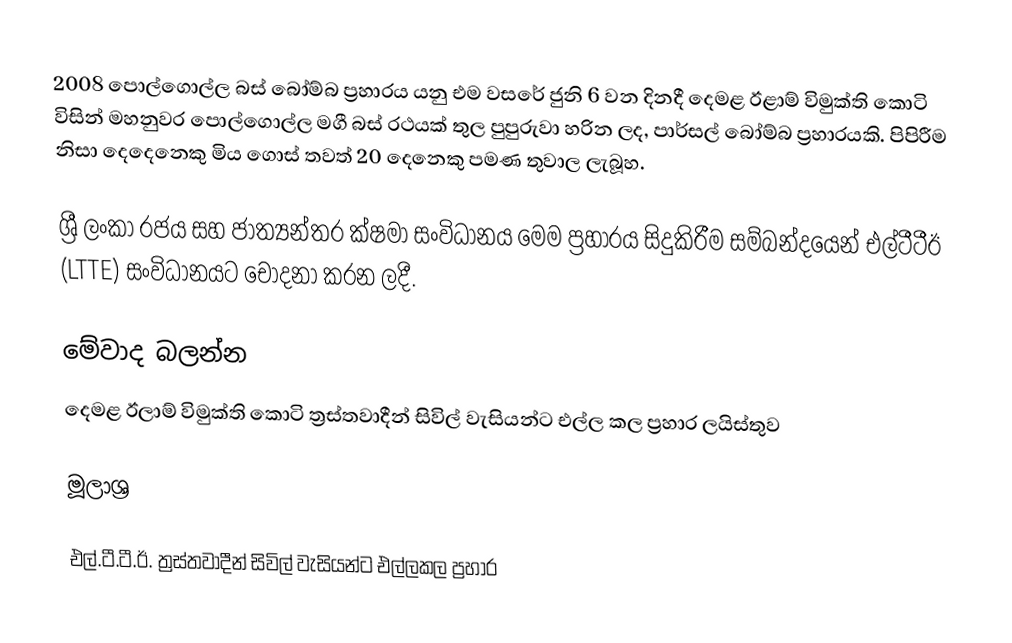
2008 පොල්ගොල්ල බස් බෝම්බ ප්‍රහාරය යනු එම වසරේ ජුනි 6 වන දිනදී දෙමළ ඊළාම් විමුක්ති කොටි විසින් මහනුවර පොල්ගොල්ල මගී බස් රථයක් තුල පුපුරුවා හරින ලද, පාර්සල් බෝම්බ ප්‍රහාරයකි. පිපිරීම නිසා දෙදෙනෙකු මිය ගොස් තවත් 20 දෙනෙකු පමණ තුවාල ලැබූහ.

ශ්‍රී ලංකා රජය සහ ජාත්‍යන්තර ක්ෂමා සංවිධානය මෙම ප්‍රහාරය සිදුකිරීම සම්බන්දයෙන් එල්ටීටීඊ (LTTE) සංවිධානයට චෝදනා කරන ලදී.

මේවාද බලන්න
 දෙමළ ඊලාම් විමුක්ති කොටි ත්‍රස්තවාදීන් සිවිල් වැසියන්ට එල්ල කල ප්‍රහාර ලයිස්තුව

මූලාශ්‍ර

එල්.ටී.ටී.ඊ. ත්‍රස්තවාදීන් සිවිල් වැසියන්ට එල්ලකල ප්‍රහාර